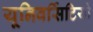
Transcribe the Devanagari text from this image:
यूनिवर्सिटियों